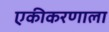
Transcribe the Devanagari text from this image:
एकीकरणाला